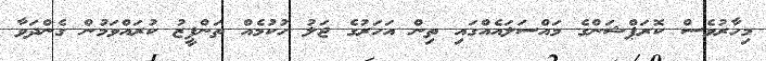
މިހާރުވެސް ކޮރަޕްޝަންގެ މައްސަލައެއްގައި ތިން އަހަރުގެ ޖަލު ހުކުމެއް ތަންފީޒު ކުރައްވަމުން ގެންދަވާ